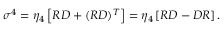
\sigma ^ { 4 } = { \eta _ { 4 } } \left[ R D + ( R D ) ^ { T } \right] = { \eta _ { 4 } } \left[ R D - D R \right] .